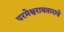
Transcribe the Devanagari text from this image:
परमेश्वरावताराचे